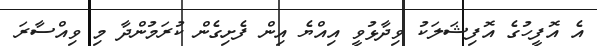
އެ އޮފީހުގެ އޮފިޝަލަކު ވިދާޅުވީ އިއްޔެ އިން ފެށިގެން ކުރަމުންދާ މި ވިއްސާރަ